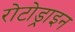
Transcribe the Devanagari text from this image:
रोटोड्राइन